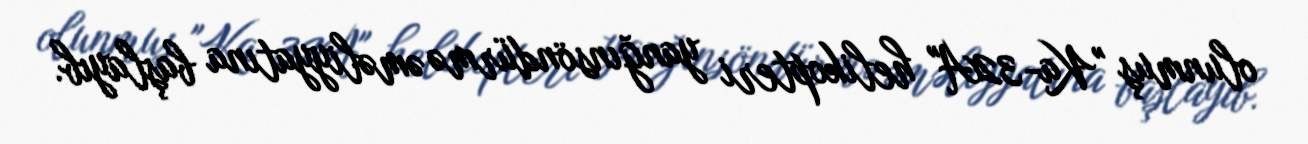
olunmuş "Ka-32A" helikopteri yanğınsöndürmə əməliyyatına başlayıb.